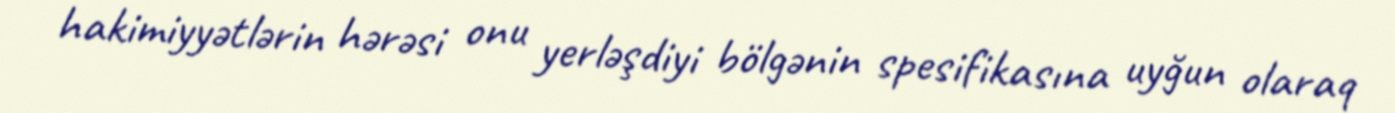
hakimiyyətlərin hərəsi onu yerləşdiyi bölgənin spesifikasına uyğun olaraq